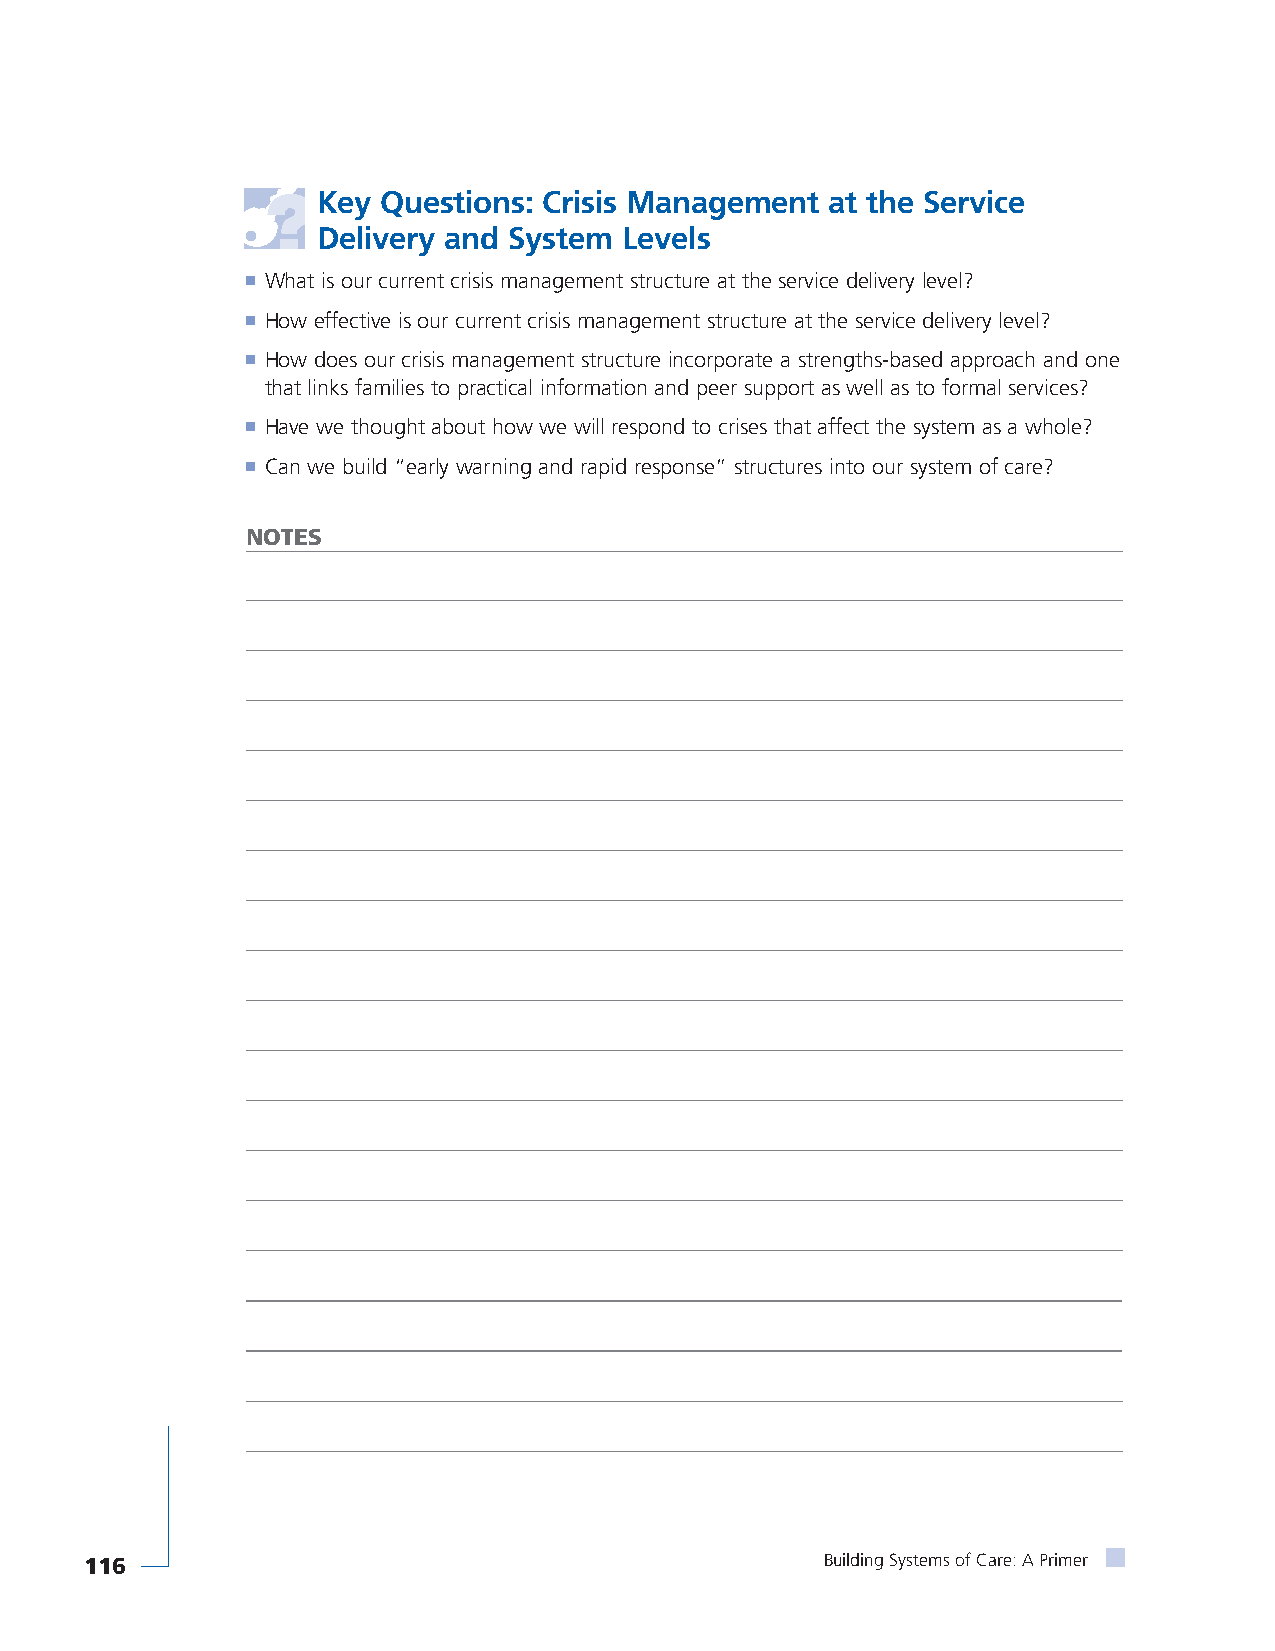
Key Questions: Crisis Management  at the Service
 Delivery and System Levels
 ■ What is our current crisis management structure at the service delivery level?
 ■ How effective is our current crisis management structure at the service delivery level?
 ■ How does our crisis management structure incorporate a strengths-based approach and one
 that links families to practical information and peer support as well as to formal services?
 ■ Have we thought about how we will respond to crises that affect the system as a whole?
 ■ Can we build “early warning and rapid response” structures into our system of care?
 NOTES
 116                                              Building Systems of Care: A Primer